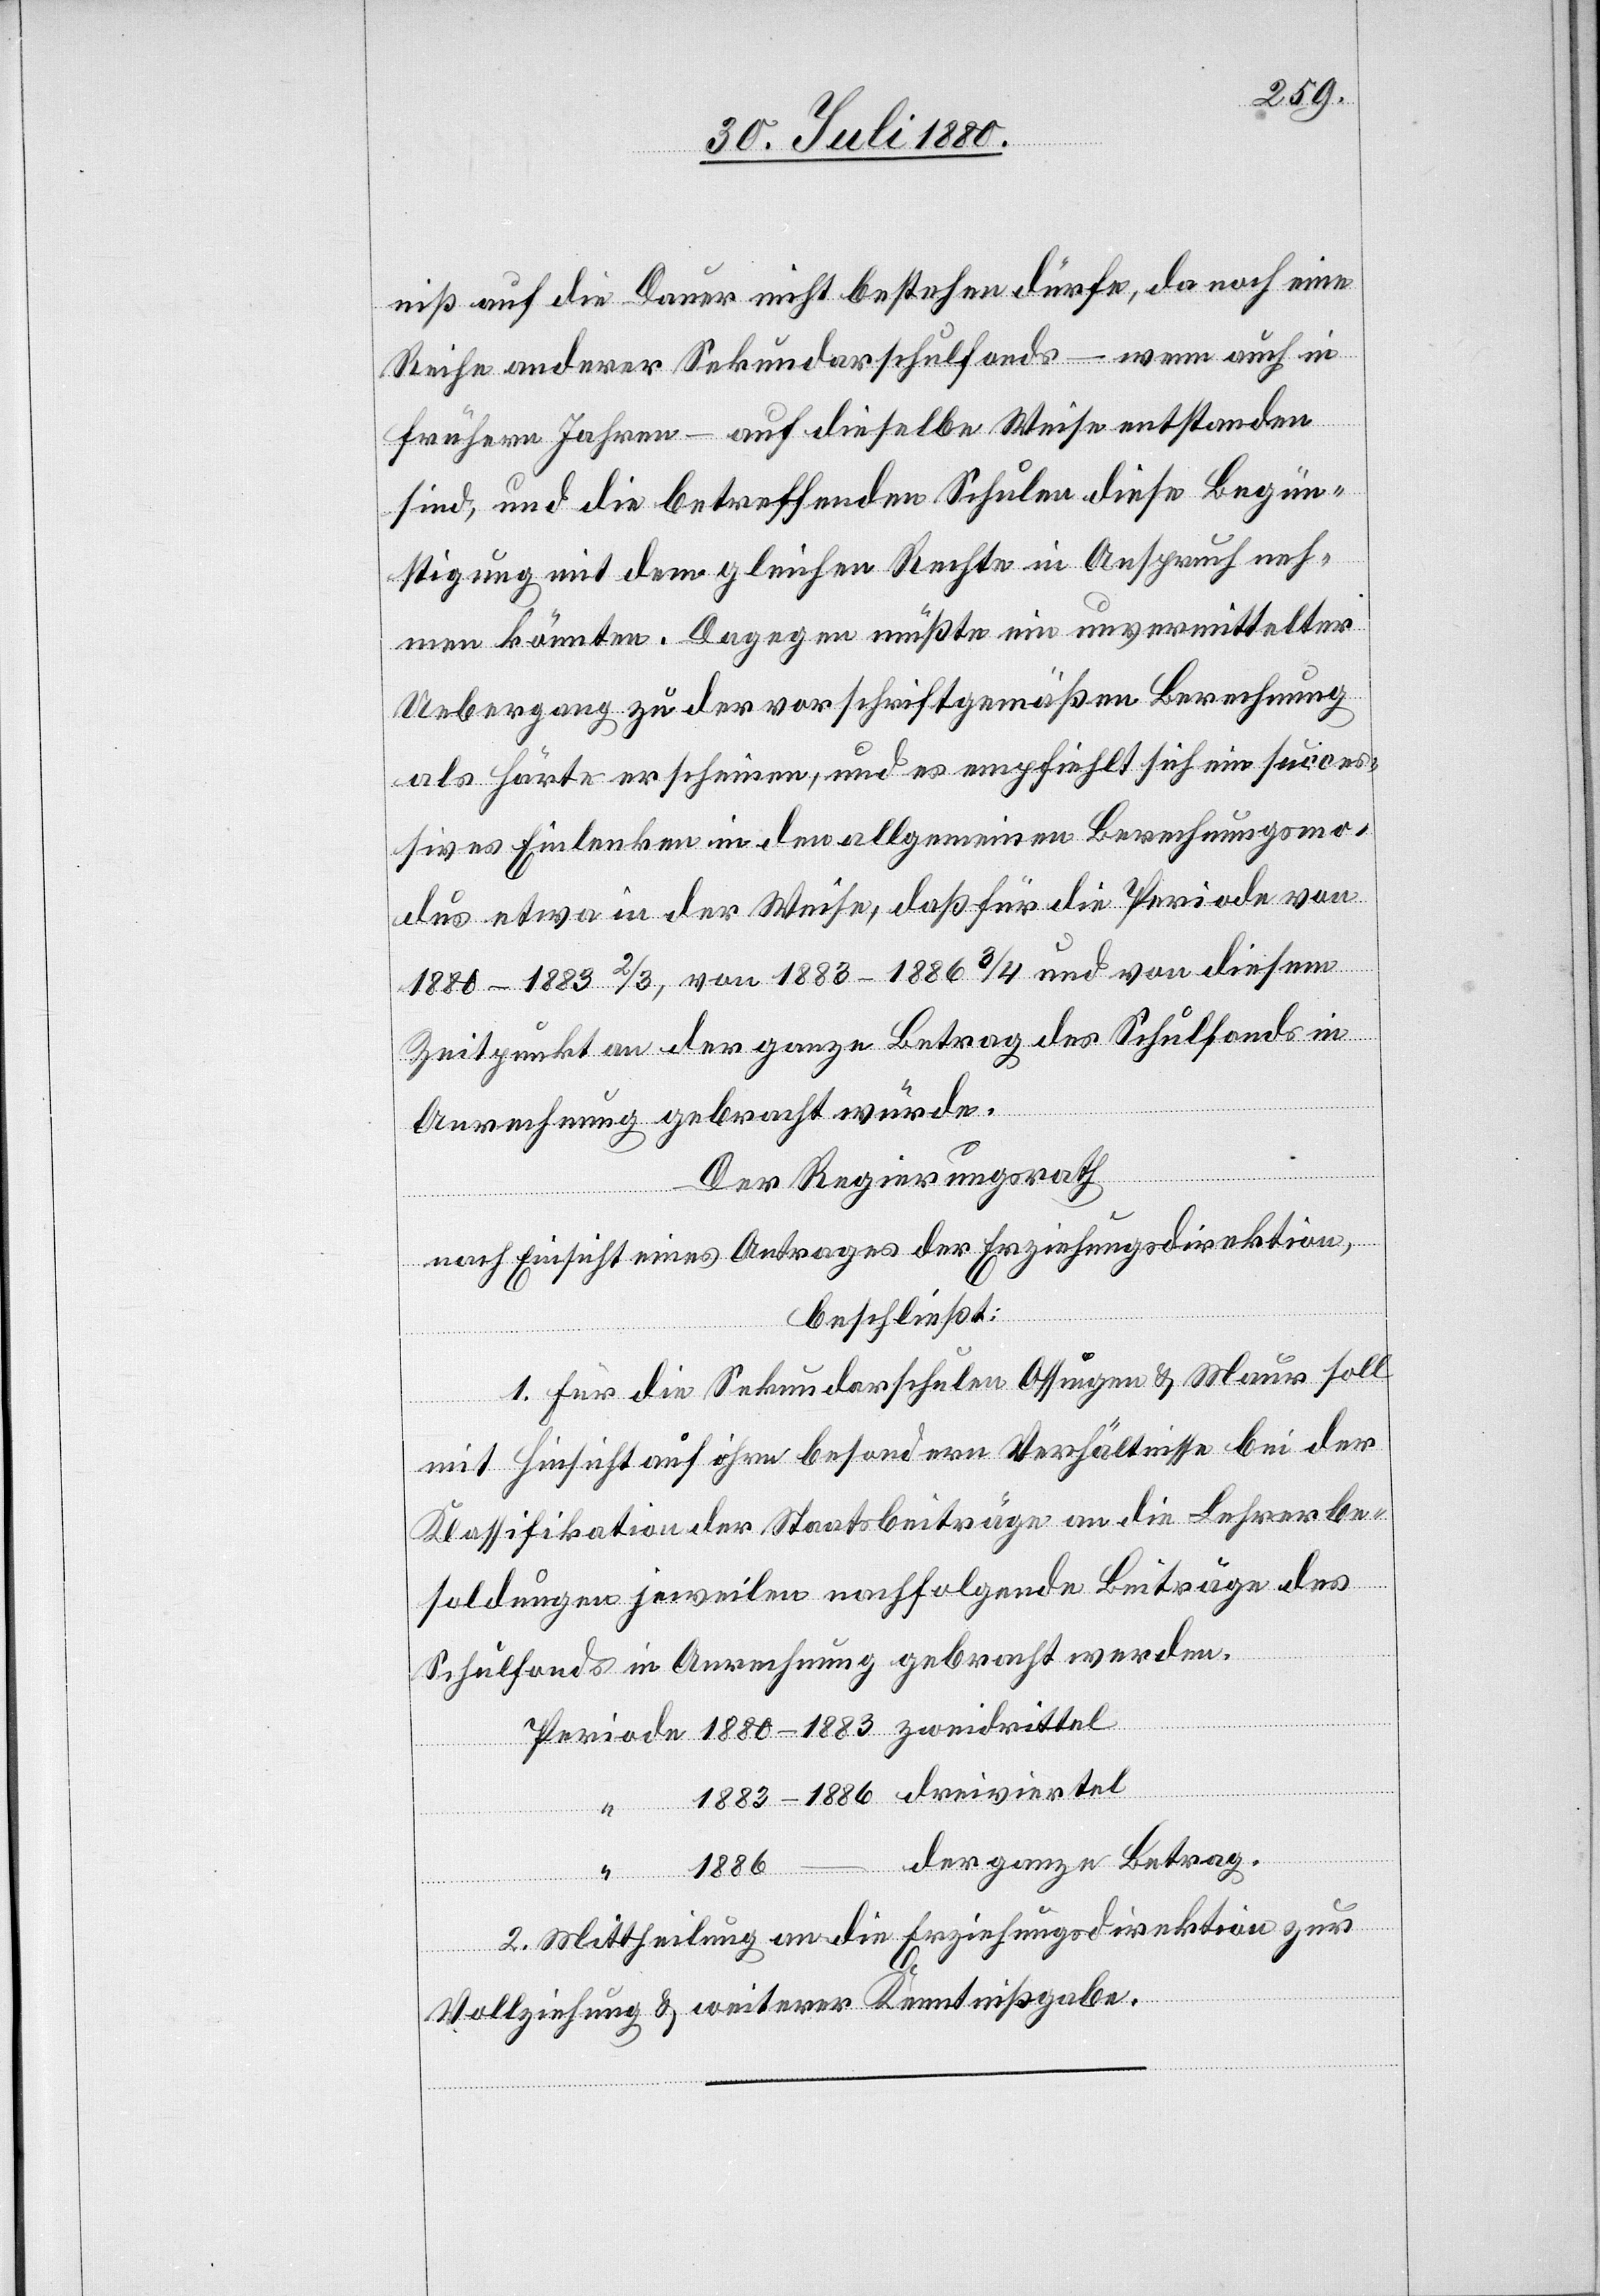
niß auf die Dauer nicht bestehen dürfe, da noch eine
Reihe anderer Sekundarschulfonds – wenn auch in
frühern Jahren – auf dieselbe Weise entstanden
sind, und die betreffenden Schulen diese Begün¬
stigung mit dem gleichen Rechte in Anspruch neh¬
men könnten. Dagegen müßte ein unvermittelter
Uebergang zu der vorschriftgemäßen Berechnung
als Härte erscheinen, und es empfiehlt sich ein succes¬
sives Einlenken in den allgemeinen Berechnungsmo¬
dus etwa in der Weise, daß für die Periode von
1880–1883 2/3, von 1883–1886 3/4 und von diesem
Zeitpunkt an der ganze Betrag des Schulfonds in
Anrechnung gebracht würde.
“
Der Regierungsrath
nach Einsicht eines Antrages der Erziehungsdirektion,
beschließt:
1. Für die Sekundarschulen Ossingen und Maur soll
mit Hinsicht auf ihren besondern Verhältnisse bei der
Klassifikation der Staatsbeiträge an die Lehrerbe¬
soldungen jeweilen nachfolgende Beiträge des
Schulfonds in Anrechnung gebracht werden.
“
der ganze Betrag.
2. Mittheilung an die Erziehungsdirektion zur
Vollziehung & weiterer Kenntnißgabe.